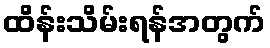
ထိန်းသိမ်းရန်အတွက်